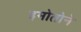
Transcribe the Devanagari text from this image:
इमोतोने